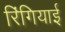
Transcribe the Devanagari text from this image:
रिंगियाई